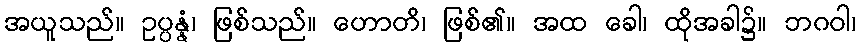
အယူသည်။ ဥပ္ပန္နံ၊ ဖြစ်သည်။ ဟောတိ၊ ဖြစ်၏။ အထ ခေါ၊ ထိုအခါ၌။ ဘဂဝါ၊